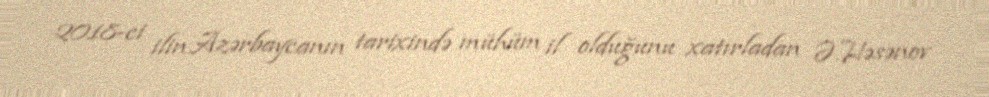
2018-ci ilin Azərbaycanın tarixində mühüm il olduğunu xatırladan Ə.Həsənov